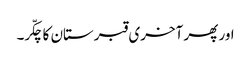
اور پھر آخری قبرستان کا چکّر۔